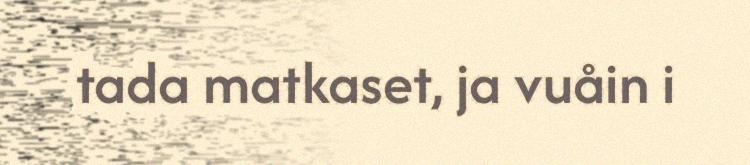
tada matkaset, ja vuåin i